Annual administration report of the Civil Veterinary Department of India - 1903-1904
Year: 1903
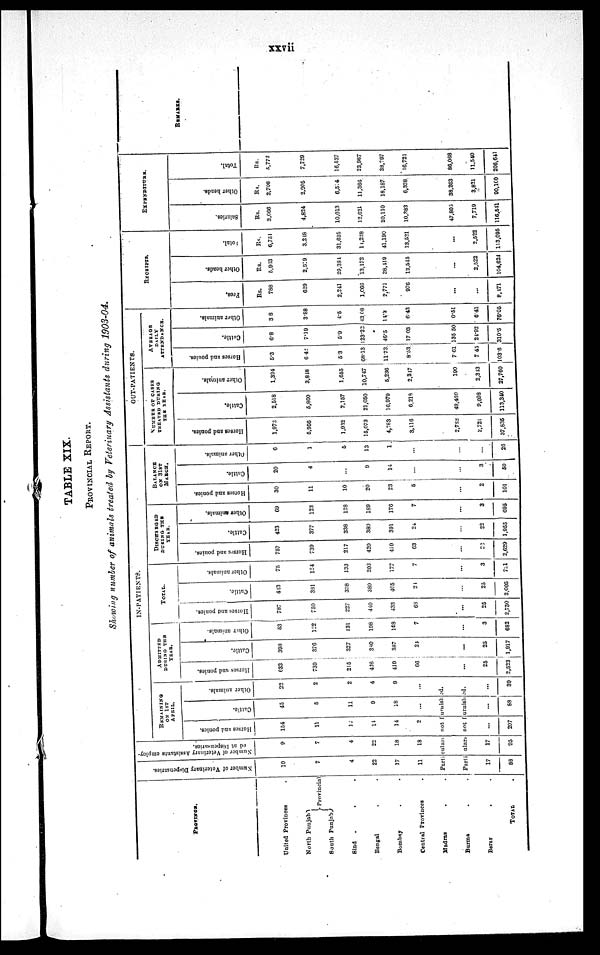
xxvii
TABLE XIX.
PROVINCIAL REPORT.
Showing number of animals treated by Veterinary Assistants during 1903-04.
PROVINCE.
United Provinces
North Punjab
South Punjab
Provincial
Sind
. . .
Bengal . .
Bombay . .
Central Provinces .
Madras . .
Burma
.
.
Berar . .
TOTAL .
Number of Veterinary Dispensaries.
10
7
4
22
17
11
Number of Veterinary Assistants employ-
ed at Dispensaries.
9
7
4
22
18
18
IN-PATIENTS.
REMAINING
OF
1ST
APRIL.
Horses and ponies.
154
11
12
14
14
2
Cattle.
45
5
11
9
18
...
Other animals.
22
2
2
4
9
...
Particulars not Furnished.
Particulars not furnished.
17
88
17
95
...
207
...
88
...
39
ADMITTED
DURING THE
YEAR.
Horses and ponies.
633
739
215
426
419
66
...
25
2,523
Cattle.
393
376
327
380
387
24
...
25
1,917
Other animals.
53
122
131
198
168
7
...
3
682
TOTAL.
Horses
and ponies.
787
750
227
440
433
63
...
25
2,730
Cattle.
413
381
328
380
405
24
...
25
2,005
Other animals.
75
124
133
202
177
7
...
3
721
DISCHARGED
DURING THE
YEAR.
Horses
and ponies.
757
739
217
420
410
63
...
22
2,629
Cattle.
423
377
338
380
391
24
...
22
1,955
Other animals.
69
123
128
189
170
7
...
3
695
BALANCE
ON 31ST
MARCH.
Horses and ponies.
30
11
10
20
23
5
...
2
101
Cattle.
20
4
...
9
14
...
...
3
50
Other animals.
6
1
5
13
1
...
...
...
26
OUT-PATIENTS.
NUMBER OF CASES
TREATRD DURING
THE YEAR.
Horses
and ponies.
1,972
5,956
1,932
15,073
4,283
3,116
2,782
2,721
37,835
Cattle.
2,518
5,860
2,157
21,050
16,979
6,218
49,460
9,093
113,340
Other animals.
1,394
3,848
1,655
10,747
5,236
2,317
190
2,313
27,760
AVERAGE
DAILY
ATTENDANCE.
Horses and ponies.
5.3
6.42
5.3
68.13
11.73
8.53
7.61
7.45
103.6
Cattle.
6.8
7.19
5.9
123.22
46.5
17.03
135.50
24.92
310.5
Other animals.
3.8
3.88
4.5
43.08
14.3
6.43
0.51
6.41
76.05
RECEIPTS.
Fees.
Rs.
788
629
2,241
1,066
2,771
976
...
...
8,471
Other heads.
Rs.
5,993
2,319
29,384
13,172
38,419
12,515
...
2,522
104,624
Total.
Rs.
6,751
3,248
31,625
14,228
41,190
13,521
...
2,522
113,095
EXPENDITURE.
Salaries.
Rs.
3,066
4,824
10,013
12,621
20,110
10,383
47,805
7,719
116,541
Other heads.
Rs.
2,706
2,905
6,514
11,360
18,187
6,338
38,263
3,821
90,160
Total.
Rs.
5,772
7,729
16,527
23,987
38,297
16,721
86,068
11,540
206,641
REMARKS.